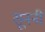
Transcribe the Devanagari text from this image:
सूननी